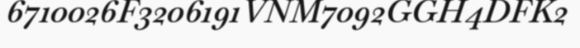
6710026F3206191VNM7092GGH4DFK2